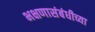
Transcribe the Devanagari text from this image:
भक्षणासंबंधीच्या